Scottish Leaving Certificate Examination, 1961
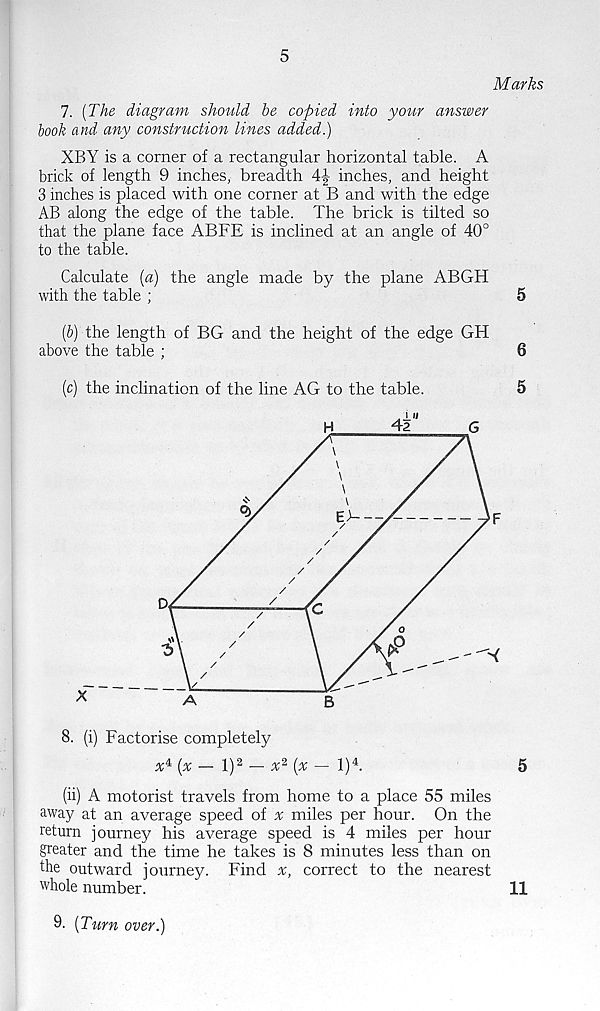
5
Marks
7. {The diagram should be copied into your answer
book and any construction lines added.)
XBY is a comer of a rectangular horizontal table. A
brick of length 9 inches, breadth 4-| inches, and height
3 inches is placed with one corner at B and with the edge
AB along the edge of the table. The brick is tilted so
that the plane face ABFE is inclined at an angle of 40°
to the table.
Calculate [a) the angle made by the plane ABGH
with the table ;
5
(р) the length of BG and the height of the edge GH
above the table ;
6
(с) the inclination of the line AG to the table.
5
8. (i) Factorise completely
{x — l) 2 —
{x — l) 4 .
5
(ii) A motorist travels from home to a place 55 miles
away at an average speed of % miles per hour. On the
return journey his average speed is 4 miles per hour
greater and the time he takes is 8 minutes less than on
the outward journey. Find x, correct to the nearest
whole number.
11
9. [Turn over.)